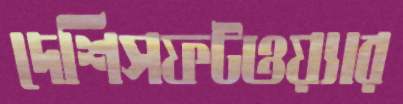
দেশিসফটওয়্যার